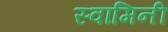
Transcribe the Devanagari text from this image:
स्‍वामिनी